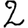
Digit: 2